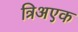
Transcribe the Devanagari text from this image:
त्रिअएक